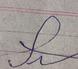
Signature authenticity: forged